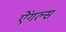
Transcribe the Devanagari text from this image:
ऐंगल्स